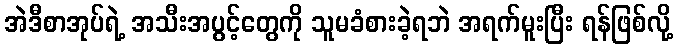
အဲဒီစာအုပ်ရဲ့ အသီးအပွင့်တွေကို သူမခံစားခဲ့ရဘဲ အရက်မူးပြီး ရန်ဖြစ်လို့